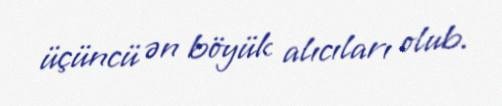
üçüncü ən böyük alıcıları olub.